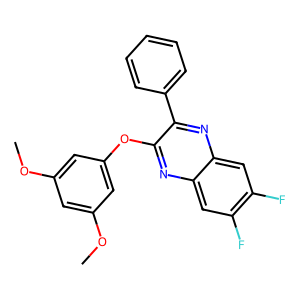
SMILES: COc1cc(OC)cc(Oc2nc3cc(F)c(F)cc3nc2-c2ccccc2)c1
Inhibits HIV replication: No